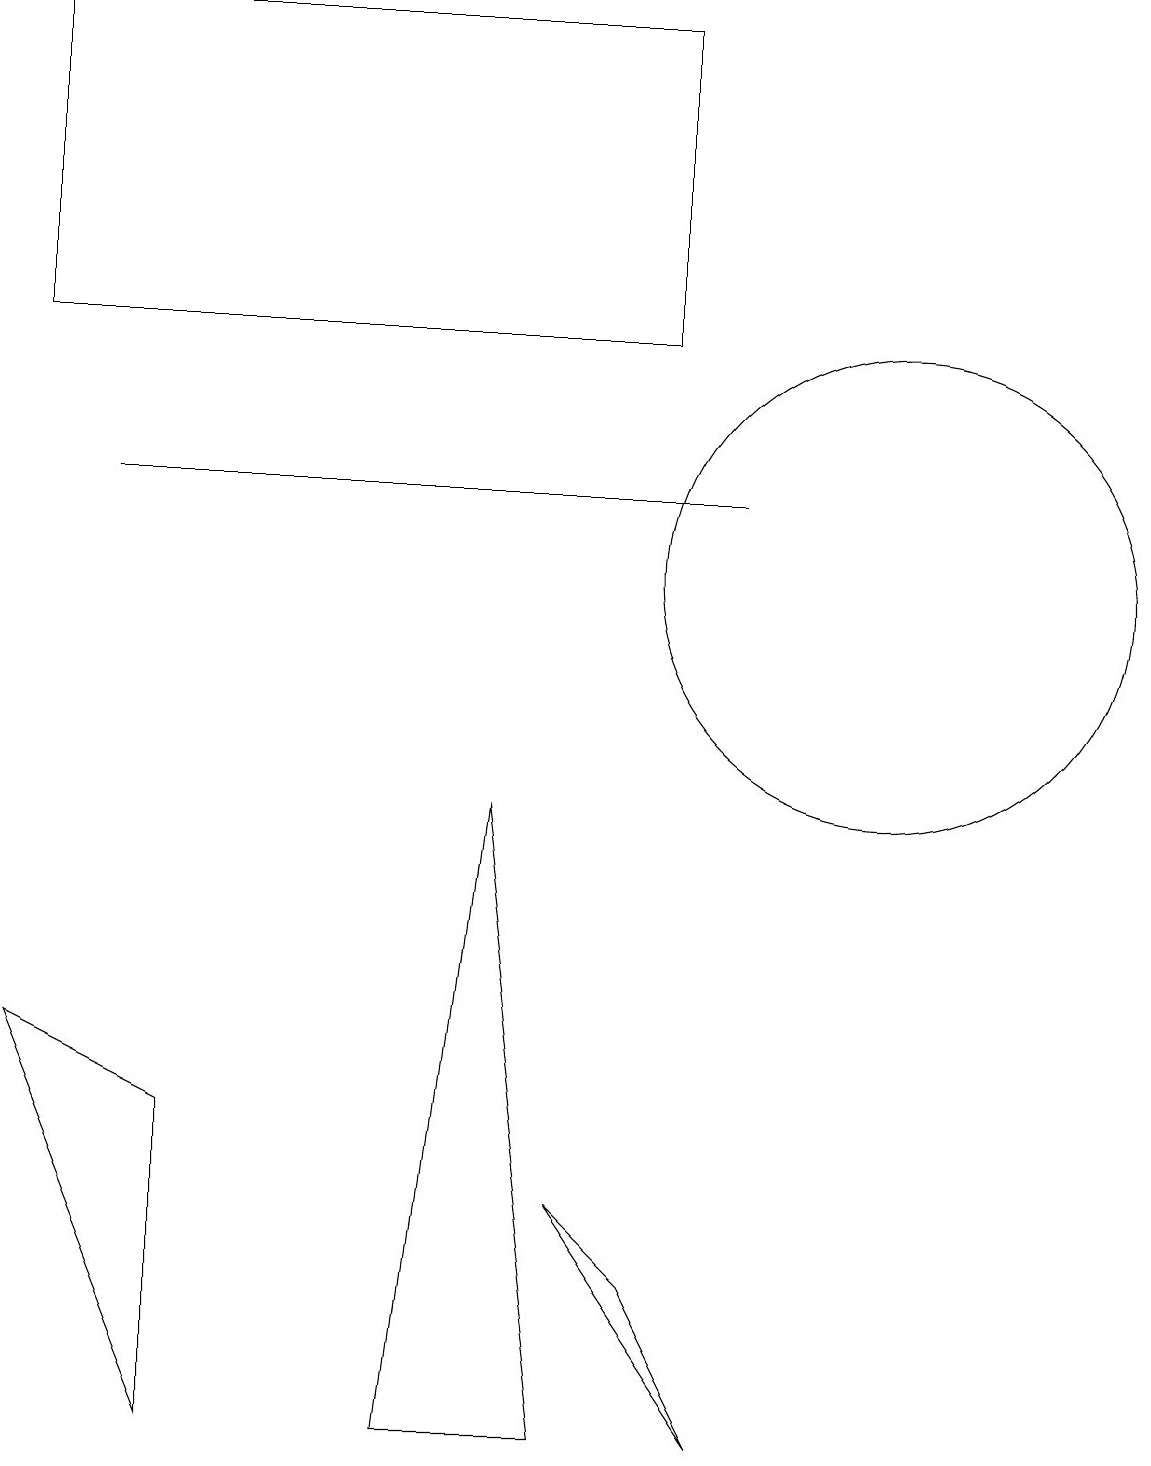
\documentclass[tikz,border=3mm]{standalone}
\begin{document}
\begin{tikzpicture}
\draw (11,11) circle (0);
\draw (11,11) circle (3);
\draw (9,0) -- (8,2) -- (7,3) -- cycle;
\draw (8,18) rectangle (0,14);
\draw (7,0) -- (5,0) -- (6,8) -- cycle;
\draw (2,0) -- (0,5) -- (2,4) -- cycle;
\draw (1,12) rectangle (9,12);
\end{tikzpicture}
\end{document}